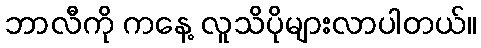
ဘာလီကို ကနေ့ လူသိပိုများလာပါတယ်။